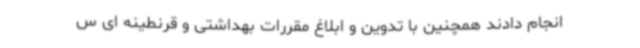
انجام دادند همچنین با تدوین و ابلاغ مقررات بهداشتی و قرنطینه ای س